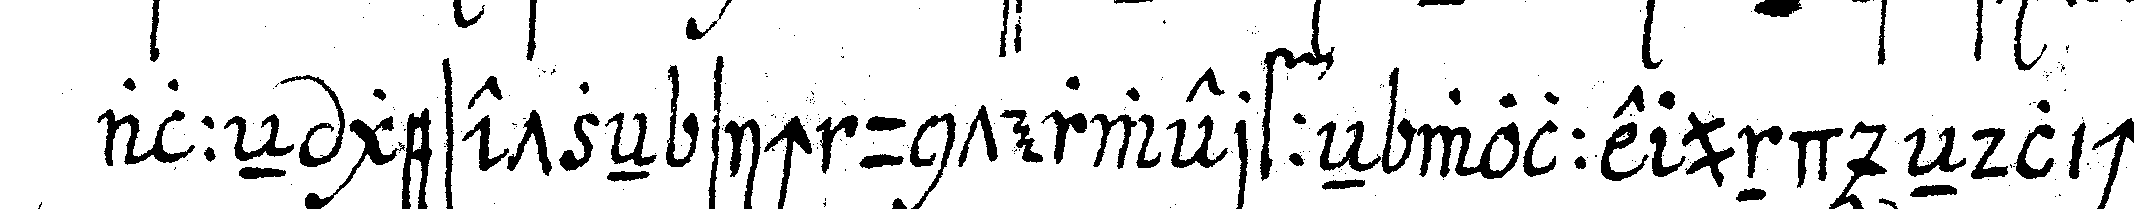
alleN geset eN sich unterwerffeN wolle und eNdlich